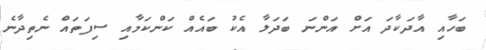
ބަހާއި އާދަކާދަ އަށް އަންނަ ބަދަލާ އެކު ބައެއް ކަންކަމާއި ސިފަތައް ނެތިދާނެ